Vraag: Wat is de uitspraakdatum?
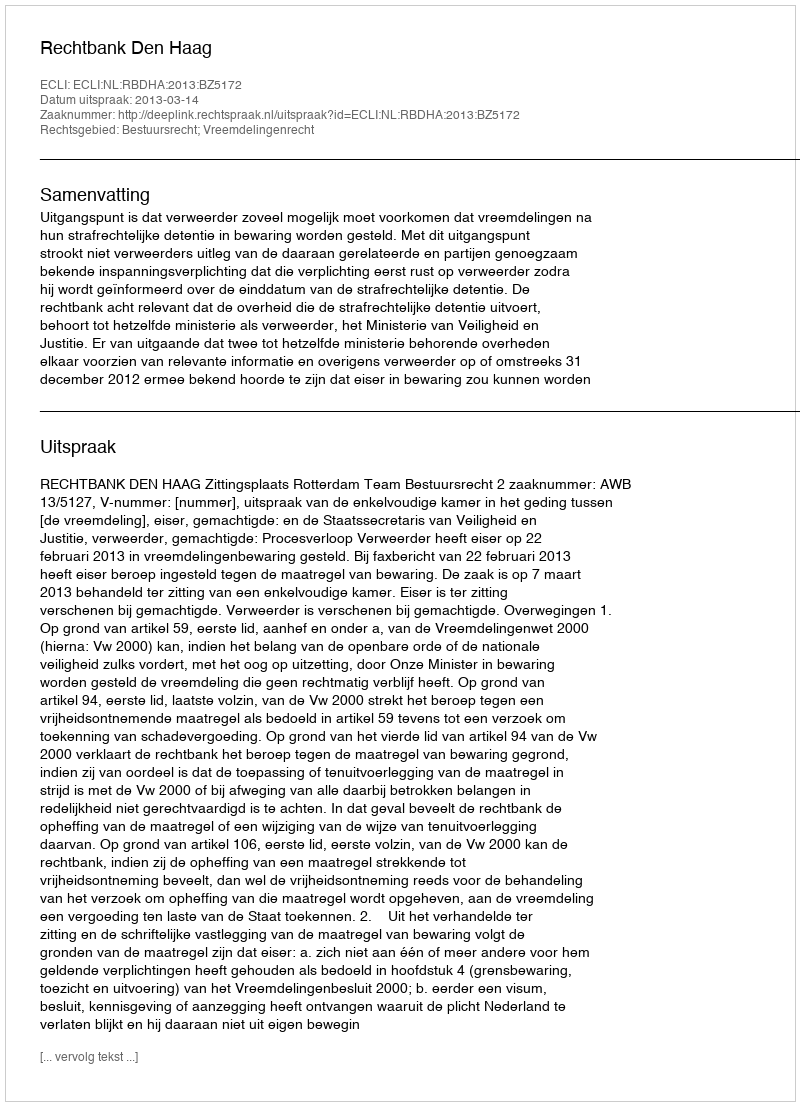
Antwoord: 2013-03-14